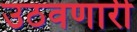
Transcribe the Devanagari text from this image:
उठवणारी